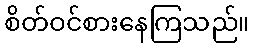
စိတ်ဝင်စားနေကြသည်။